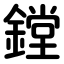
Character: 鏜